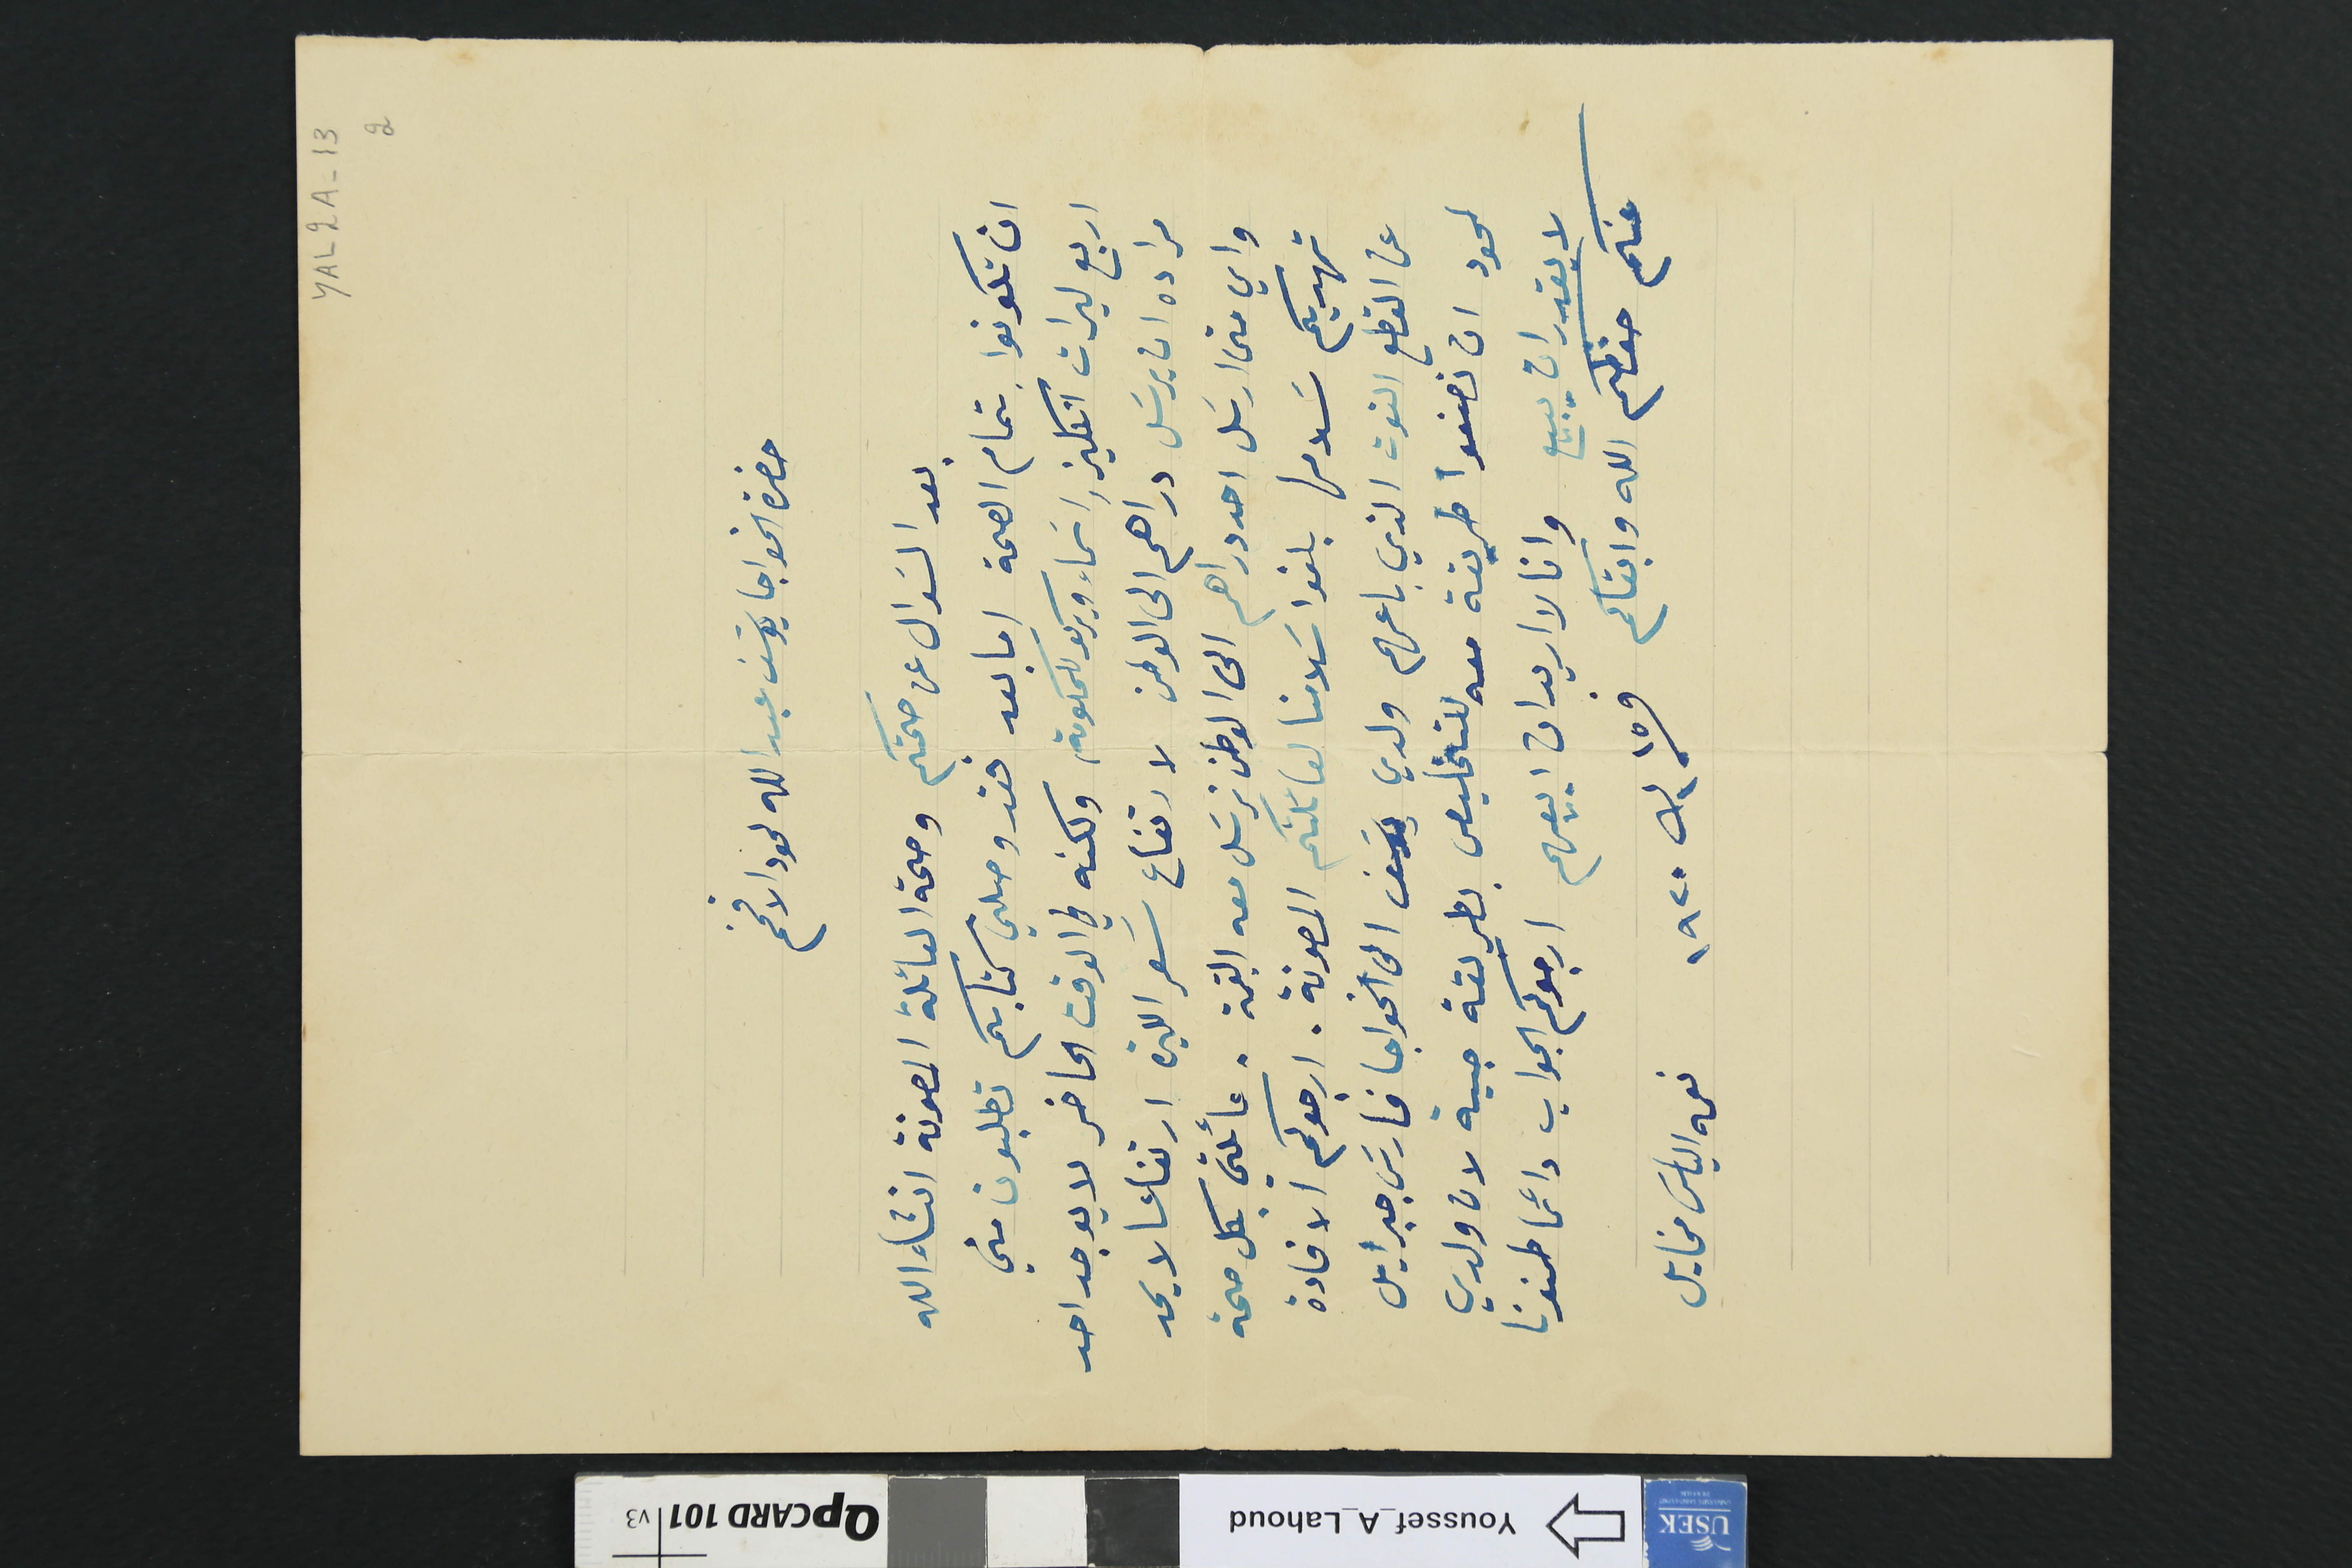
YAL2A-13 2
حضرة الخواجا يوسَف عبدالله لحود الافخم
بعد السَوال عن صحتكم وصحة العائلة المصونة انشاءالله
ان تكونوا بتمام الصحة اما بعد فقد وصلني كتابكم تطلبون مني
اربع ليرات انكليز واسماء ويركو للحكومة ، ولكنه في الوقت الحاضر لا يوجد احد
مراده ان يرسَل دراهم الى الوطن لارتفاع سَعر الليرة ارتفاعا لا يحد
واي متى ارسَل احد دراهم الى الوطن نرسَل معه القيمة. عائلتي بكل صحة
تهديكم سَلامها بلغوا سلامنا لعائلتكم المصونة. ارجوكم الافادة
عن القطع التوت الذي باعهم ولدي يوسَف الى الخواجا فارسَ جبرايل
لحود ان تصنعوا طريقة معه للتخليص بطريقة حبية لان ولدي
لا يقدر ان يبيع وانا لا اريد ان ابيعهم ارجوك الجواب دائما طمنونا
عنكم حفظكم الله وابقاكم
فى ١٥ ك١ ١٩٢٠    نعمه الياسَ مخايل